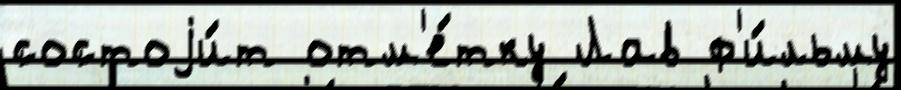
состоjи́т отм'е́тку Лав ф'и́льму